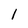
Character: 1